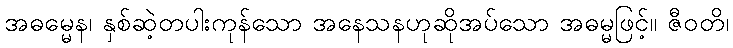
အဓမ္မေန၊ နှစ်ဆဲ့တပါးကုန်သော အနေသနဟုဆိုအပ်သော အဓမ္မဖြင့်။ ဇီဝတိ၊